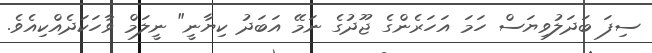
ސިފަ ބަދަލުވިޔަސް ހަމަ އަހަރެންގެ ޖޫދުގެ ނަމޭ އަބަދު ކިޔާނީ" ނީލަމް ވާހަކަދެއްކިއެވެ.